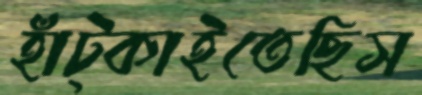
হাঁট্‌কাইতেছিস